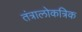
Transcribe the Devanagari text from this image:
तंत्रालोकत्रिक